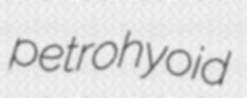
petrohyoid